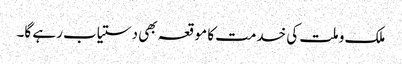
ملک و ملت کی خدمت کا موقعہ بھی دستیاب رہے گا۔